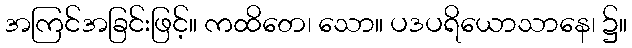
အကြင်အခြင်းဖြင့်။ ကထိတေ၊ သော။ ပဒပရိယောသာနေ၊ ၌။